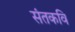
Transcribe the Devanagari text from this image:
संतकवि